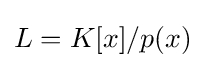
L=K[x]/p(x)